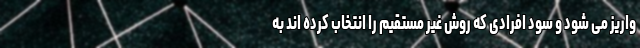
واریز می شود و سود افرادی که روش غیر مستقیم را انتخاب کرده اند به